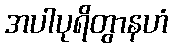
အပါပုရိတွာနဟံ